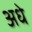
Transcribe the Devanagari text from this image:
अधे